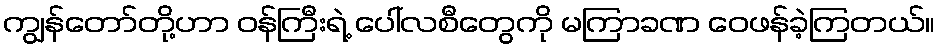
ကျွန်တော်တို့ဟာ ဝန်ကြီးရဲ့ ပေါ်လစီတွေကို မကြာခဏ ဝေဖန်ခဲ့ကြတယ်။